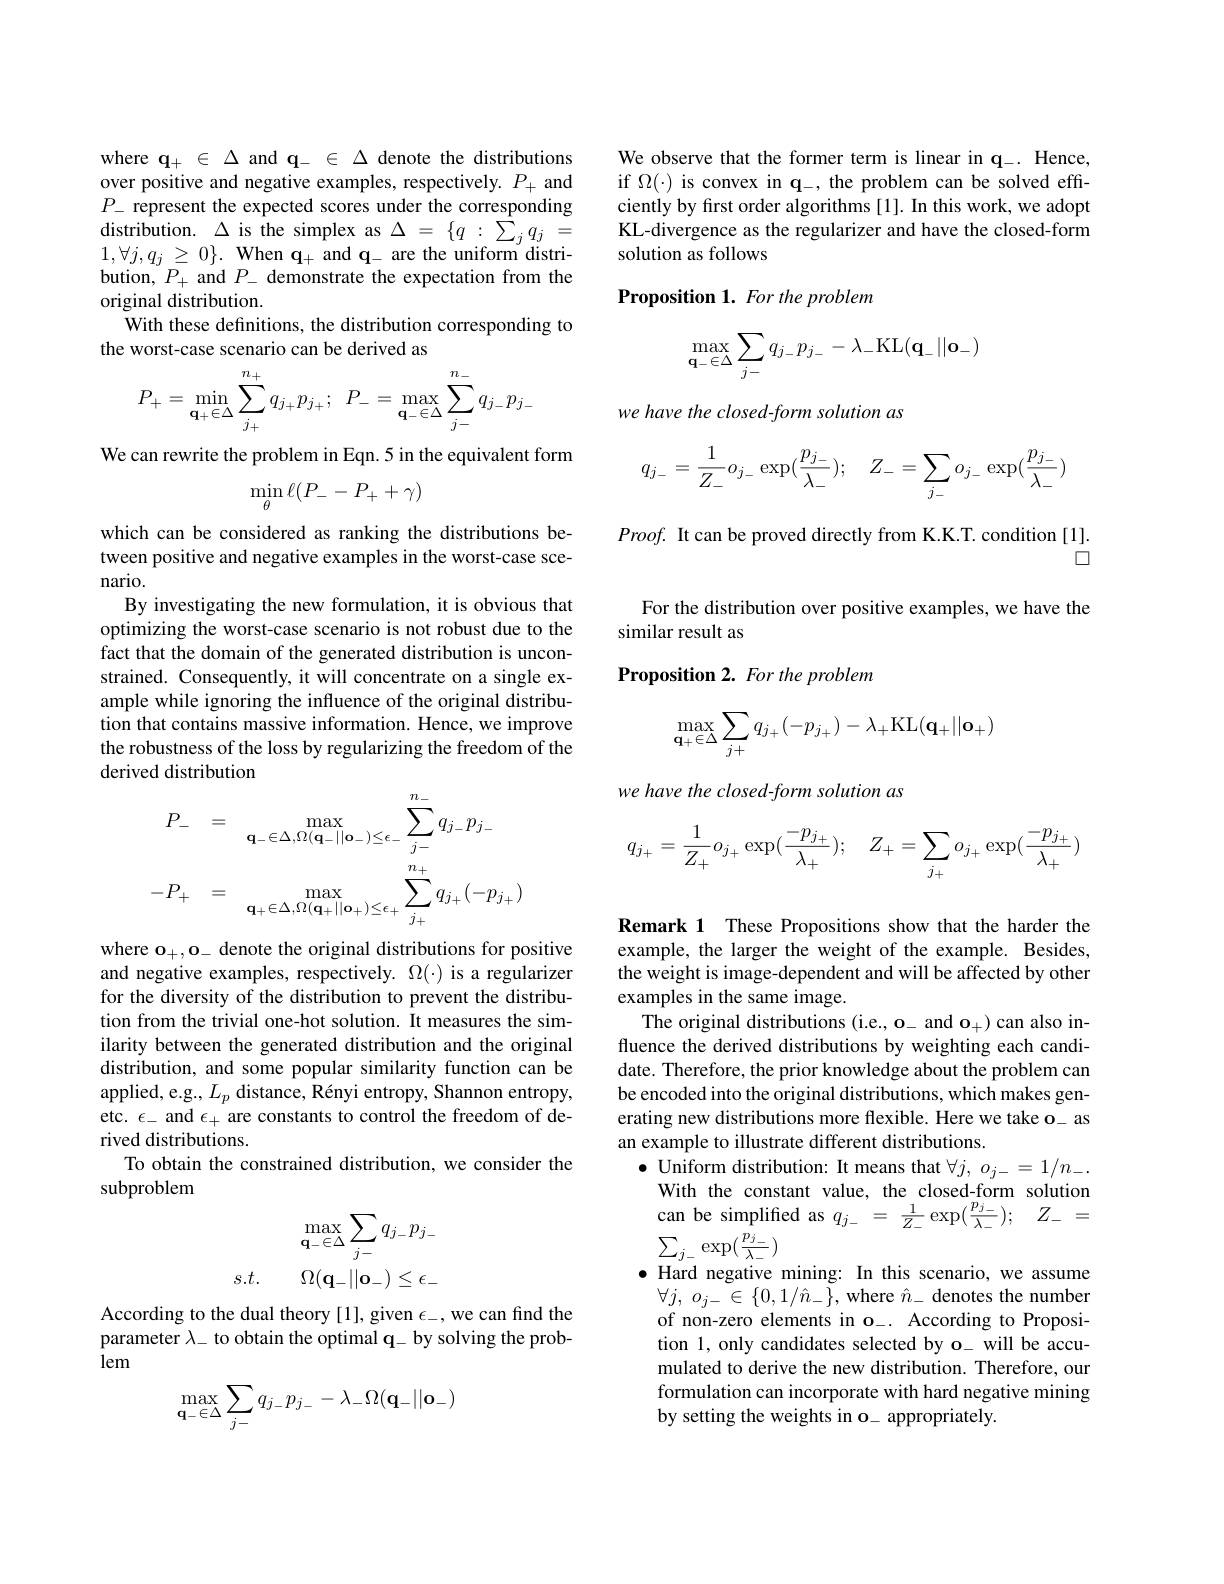
where $\mathbf{q_+}\in\Delta$ and $\mathbf{q_-}\in\Delta$ denote the distributions over positive and negative examples, respectively. $P_+$ and $\begin{array}{lll}{P_{-}\text{ represent the expected scores und}}\end{array}$ $1,\forall j,q_{j}\geq0\}.$ When $\mathbf{q}_+$ and $\mathbf{q}_-$ are the uniform distribution, $P_+$ and $P_-$ demonstrate the expectation from the original distribution.
With these definitions, the distribution corresponding to
the worst-case scenario can be derived as
$$P_+=\min_{\mathbf{q}_+\in\Delta}\sum_{j_+}^{n_+}q_{j_+}p_{j_+};\:P_-=\max_{\mathbf{q}_-\in\Delta}\sum_{j-}^{n_-}q_{j_-}p_{j_-}$$
We can rewrite the problem in Eqn. 5 in the equivalent form
$$\min_{\theta}\ell(P_{-}-P_{+}+\gamma)$$
which can be considered as ranking the distributions between positive and negative examples in the worst-case scenario.
By investigating the new formulation, it is obvious that optimizing the worst-case scenario is not robust due to the fact that the domain of the generated distribution is unconstrained. Consequently, it will concentrate on a single example while ignoring the influence of the original distribution that contains massive information. Hence, we improve the robustness of the loss by regularizing the freedom of the derived distribution
$$P_{-}=\max_{\mathbf{q}_{-}\in\Delta,\Omega(\mathbf{q}_{-}||\mathbf{o}_{-})\leq\epsilon_{-}}\sum_{j-}^{n_{-}}q_{j-}p_{j-}\\-P_{+}=\max_{\mathbf{q}_{+}\in\Delta,\Omega(\mathbf{q}_{+}||\mathbf{o}_{+})\leq\epsilon_{+}}\sum_{j_{+}}^{n_{+}}q_{j_{+}}(-p_{j_{+}})$$
where $\mathbf{o}_+,\mathbf{o}_-$ denote the original distributions for positive and negative examples, respectively. $\Omega(\cdot)$ is a regularizer for the diversity of the distribution to prevent the distribution from the trivial one-hot solution. It measures the similarity between the generated distribution and the original distribution, and some popular similarity function can be applied, e.g., $L_p$ distance, Rényi entropy, Shannon entropy, etc. $\epsilon_-$ and $\epsilon_+$ are constants to control the freedom of derived distributions.
To obtain the constrained distribution, we consider the
subproblem
$$\begin{array}{ll}&&\max_{\mathbf{q}_-\in\Delta}\sum_{j-}q_{j-}p_{j-}\\s.t.&&\Omega(\mathbf{q}_-||\mathbf{o}_-)\leq\epsilon_-\end{array}$$
According to the dual theory [1], given $\epsilon_-$,we can find the parameter $\lambda_-$ to obtain the optimal q\_ by solving the problem
$$\max_{\mathbf{q}_{-}\in\Delta}\sum_{j-}q_{j_{-}}p_{j_{-}}-\lambda_{-}\Omega(\mathbf{q}_{-}||\mathbf{o}_{-})$$
We observe that the former term is linear in q-. Hence, if $\Omega(\cdot)$ is convex in $\mathbf{q}_-$, the problem can be solved effciently by fırst order algorithms [1]. In this work, we adopt KL-divergence as the regularizer and have the closed-form solution as follows

### Proposition 1. For the problem
$$\max\limits_{\mathbf{q}_-\in\Delta}\sum\limits_{j-}q_{j_-}p_{j_-}-\lambda_-\mathrm{KL}(\mathbf{q}_-||\mathbf{o}_-)$$
we have the closed-form solution as
$$q_{j_-}=\dfrac{1}{Z_-}o_{j_-}\exp(\dfrac{p_{j_-}}{\lambda_-});\quad Z_-=\sum_{j_-}o_{j_-}\exp(\dfrac{p_{j_-}}{\lambda_-})$$
$Proof.$ It can be proved directly from K.K.T. condition [1].
$\square$

For the distribution over positive examples, we have the
similar result as
Proposition 2. For the problem
$$\max\limits_{\mathbf{q}_+\in\Delta}\sum\limits_{j+}q_{j_+}(-p_{j_+})-\lambda_+\mathrm{KL}(\mathbf{q}_+||\mathbf{o}_+)$$
we have the closed-form solution as
$$q_{j_+}=\frac{1}{Z_+}o_{j_+}\exp(\frac{-p_{j_+}}{\lambda_+});\quad Z_+=\sum_{j_+}o_{j_+}\exp(\frac{-p_{j_+}}{\lambda_+})$$
Remark 1 These Propositions show that the harder the example, the larger the weight of the example. Besides, the weight is image-dependent and will be affected by other examples in the same image.
The original distributions (i.e., o- and $\mathbf{o}_+)$ can also influence the derived distributions by weighting each candidate. Therefore, the prior knowledge about the problem can be encoded into the original distributions, which makes generating new distributions more flexible. Here we take o\_ as an example to illustrate different distributions.
$\bullet$ Uniform distribution: It means that $\forall j,o_{j-}=1/n_-.$
With the constant value, the closed-form solution can be simplified as $q_{j_-}=\frac1{Z_-}\exp(\frac{p_j_-}{\lambda_-});\: Z_-=$ $\sum_{j_-}\exp(\frac{\hat{p}_{j_-}}{\lambda_-})$
$\bullet$ Hard negative mining: In this scenario, we assume $\forall j$, $o_{j- }$ $\in$ $\{ 0, 1/ \hat{n} _{- }\} $,where $\hat{n}_{-}$ denotes the number of non-zero elements in o\_. According to Proposition 1, only candidates selected by o\_ will be accumulated to derive the new distribution. Therefore, our formulation can incorporate with hard negative mining by setting the weights in o\_appropriately.